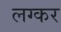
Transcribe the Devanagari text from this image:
लग्कर